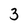
Character: 3